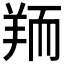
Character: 𦎂